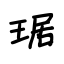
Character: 琚